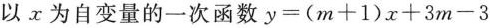
以x为自变量的一次函数$$y=(m+1)x+3m-3$$